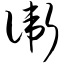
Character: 卫